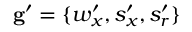
\mathbf { g } ^ { \prime } = \{ w _ { x } ^ { \prime } , s _ { x } ^ { \prime } , s _ { r } ^ { \prime } \}